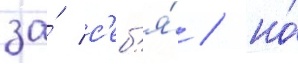
за́ с'еб'я́ / но́